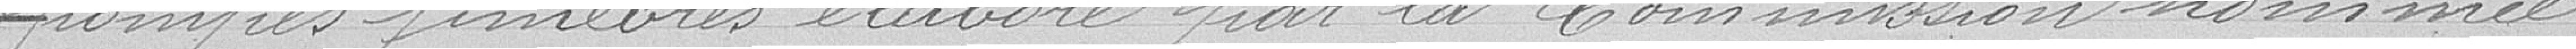
pompes funèbres élaboré par la Commission nommée